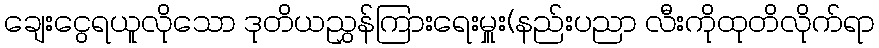
ချေးငွေရယူလိုသော ဒုတိယညွှန်ကြားရေးမှူး(နည်းပညာ လီးကိုထုတိလိုက်ရာ